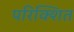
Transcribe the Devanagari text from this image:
परिक्शित